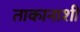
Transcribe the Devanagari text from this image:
ताकानाशी